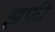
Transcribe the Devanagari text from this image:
झफी